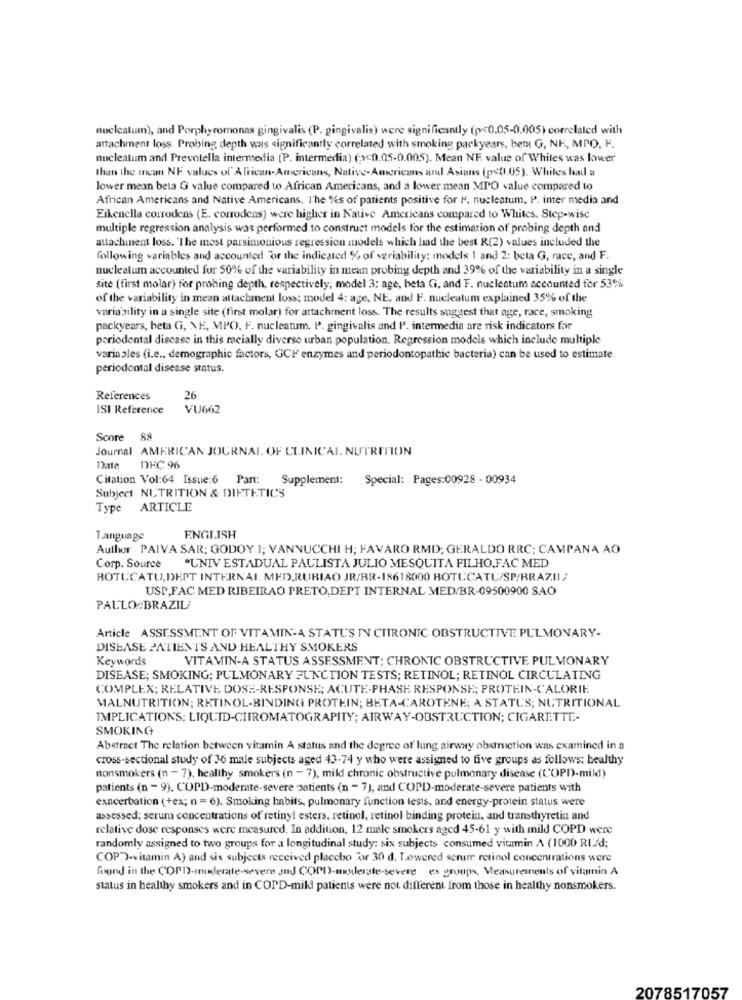
nucleatum), and Porphyromonas gingivalis (P. gingivalis) were significantly (p<0.05-0.005) correlated with
attachment loss. Probing depth was significantly correlated with smoking packyears, hem G, NE, MPO, F.
nucleatum and Prevotella intermedia (P. intermedia) (;)<0.05-0.005). Mean NF, value of Whiles was lower
than the mean NE values of African-Americans, Native-Americans al Asians (p<(1.05). Whites had a
lower mean beta G value compared to African Americans, and a lower mean MPO value compared to
African Americans and Native Americans, The %s of patients positive for M. nucleatum, P. inter media and
Eikenella corrodens (E. corrodens) were higher in Native Americans compared to Whites. Step-wise
multiple regression analysis was performed to construct models for the estimation of probing depth and
attachment loss. "The most parsimonious regression models which had the best R(2) values included the
following variables and accounted For the indicated % of veriability: models 1 and 2: beta G, race, and F.
nucleatum accounted for 50% of the variability in mean probing depth and 39% of the variability in a single
site (first molar) for probing depth, respectively, model 3: age, beta Ci, and F. nucleatum accounted for 53%
of the variability in mean attachment loss; model 4: age, NE, and F. nucleatum explained 35% of the
variability in a single site (first molar) for attachment loss. The results suggest that age, race, smoking
packyears, heta Gi, NE, MPO, F. nucleatum. P. gingivalis and P. intermedia are risk indicators for
periodontal disease in this racially diverse urban population. Regression models which include multiple
variables (i.e ., demographic factors, GCH enzymes and periodontopathic bacteria) can be used to estimate
periodontal disease status.
References
26
ISI Reference
VU662
Score 88
Journal AMERICAN JOURNAL OF CLINICAL NUTRITION
Dante
DHC 96
Citation Vol:64 Issue:6 Pant;
Supplement: Special: Pages:00928 - 00934
Subject NUTRITION & DIETETICS
Type ARTICLE
Tanguage
ENGLISH
Author PAIVA SAR; GODOY 1; VANNUCCHI H; FAVARO RMD; GERALDO RRC; CAMPANA AO
Corp. Source "UNIV ESTADUAL PAULISTA JULIO MESQUITA FILHO,FAC MED
BOTUCATU,DEPT INTERNAL MED,RUBIAO JR/BR-18618000 BOTUCATU/SP/BRAZIL
USP,FAC MED RIBEIRAO PRETO,DEPT INTERNAL MED/BR-09500900 SAO
PAULO BRAZIL
Article ASSESSMENT OF VITAMIN-A STATUS IN CHRONIC OBSTRUCTIVE PULMONARY-
DISEASE PATIENTS AND HEALTHY SMOKERS
Keywords
VITAMIN-A STATUS ASSESSMENT; CHRONIC OBSTRUCTIVE PULMONARY
DISEASE; SMOKING; PULMONARY FUNCTION TESTS; RETINOL; RETINOL CIRCULATING
COMPLEX; RELATIVE DOSE-RESPONSE; ACUTE-PHASE RESPONSE; PROTEIN-CALORIE
MALNUTRITION; RETINOL-BINDING PROTEIN; BETA-CAROTENE; A STATU'S; NUTRITIONAL
IMPLICATIONS; LIQUID-CHROMATOGRAPITY; AIRWAY-OBSTRUCTION; CIGARETTE-
SMOKING
Abstract The relation between vitamin A status and the degree of lung airway obstruction was examined in a
cross-sectional study of 36 male subjects aged 43-74 y who were assigned to five groups as follows: healthy
nonsmokers (n - 7), healthy smokers (n - 7), mild chronic obstructive pulmonary disease (COPD-mild)
patients (n = 9). COPD-moderate-severe patients (n - 7), and COPD-moderate-severe patients with
exacerbation (+ex; n = 6). Smoking habits, pulmonary function tests, and energy-protein status were
assessed; serum concentrations of retinyl esters, retinol, retinol binding protein, and transthyretin and
relative dose responses were measured. In addition, 12 male smokers aged 45-61 y with mild COPD were
randomly assigned to two groups for a longitudinal study: six subjects consumed vitamin A (1000 RL/d;
COP?)-vitamin A) and six subjects received placebo for 30 d. Lowered scrum retinol concentrations were
found in the COPD-moderate-severe and COPD-moderate-severe ex groups, Measurements of vitamin A
status in healthy smokers and in COPD-mild patients were not different from those in healthy nonsmokers.
2078517057